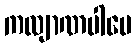
ကလျာဏပါပေ